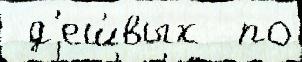
 д'еш́вых  по